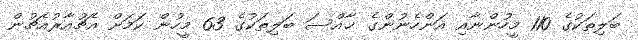
ބަލިތަކުގެ 110 މީހުންނާއި އަންހެނުންގެ ޚާއްސަ ބަލިތަކުގެ 63 މީހުން ކަމަށް އެޗުއާރުއެޗުން